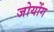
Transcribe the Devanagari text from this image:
जोयोंग